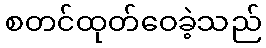
စတင်ထုတ်ဝေခဲ့သည်